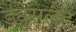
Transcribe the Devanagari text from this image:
ड्यूसलैंड